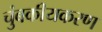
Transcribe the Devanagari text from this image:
चुंबकीयकरण